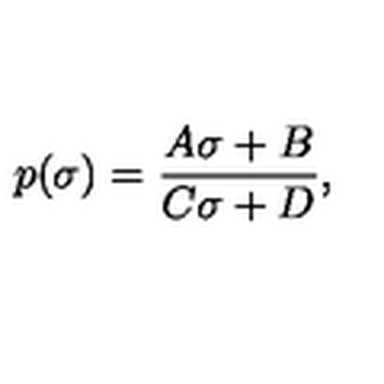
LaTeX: p ( \sigma ) = \frac { A \sigma + B } { C \sigma + D } ,